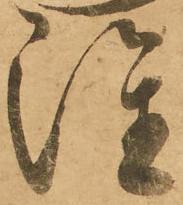
雖